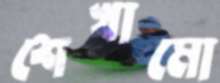
শেখামো